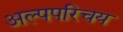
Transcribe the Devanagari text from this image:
अल्पपरिचय